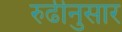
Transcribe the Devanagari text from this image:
रुढीनुसार